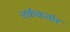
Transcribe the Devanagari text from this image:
तर्ककठोर